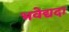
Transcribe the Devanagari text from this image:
भवेद्यदा